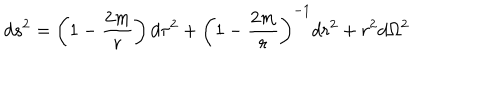
d s ^ { 2 } = \left( 1 - { \frac { 2 m } { r } } \right) d \tau ^ { 2 } + \left( 1 - { \frac { 2 m } { r } } \right) ^ { - 1 } d r ^ { 2 } + r ^ { 2 } d \Omega ^ { 2 }